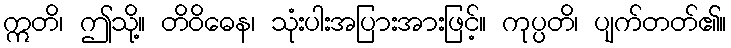
ဣတိ၊ ဤသို့။ တိဝိဓေန၊ သုံးပါးအပြားအားဖြင့်။ ကုပ္ပတိ၊ ပျက်တတ်၏။